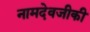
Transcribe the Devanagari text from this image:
नामदेवजीकी